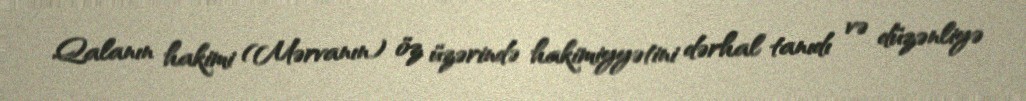
Qalanın hakimi (Mərvanın) öz üzərində hakimiyyətini dərhal tanıdı və düzənliyə